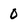
Character: O